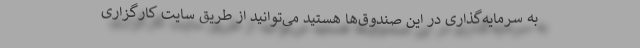
به سرمایه‌گذاری در این صندوق‌ها هستید می‌توانید از طریق سایت کارگزاری